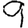
Digit: 9